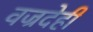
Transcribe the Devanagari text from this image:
वज्रदेही